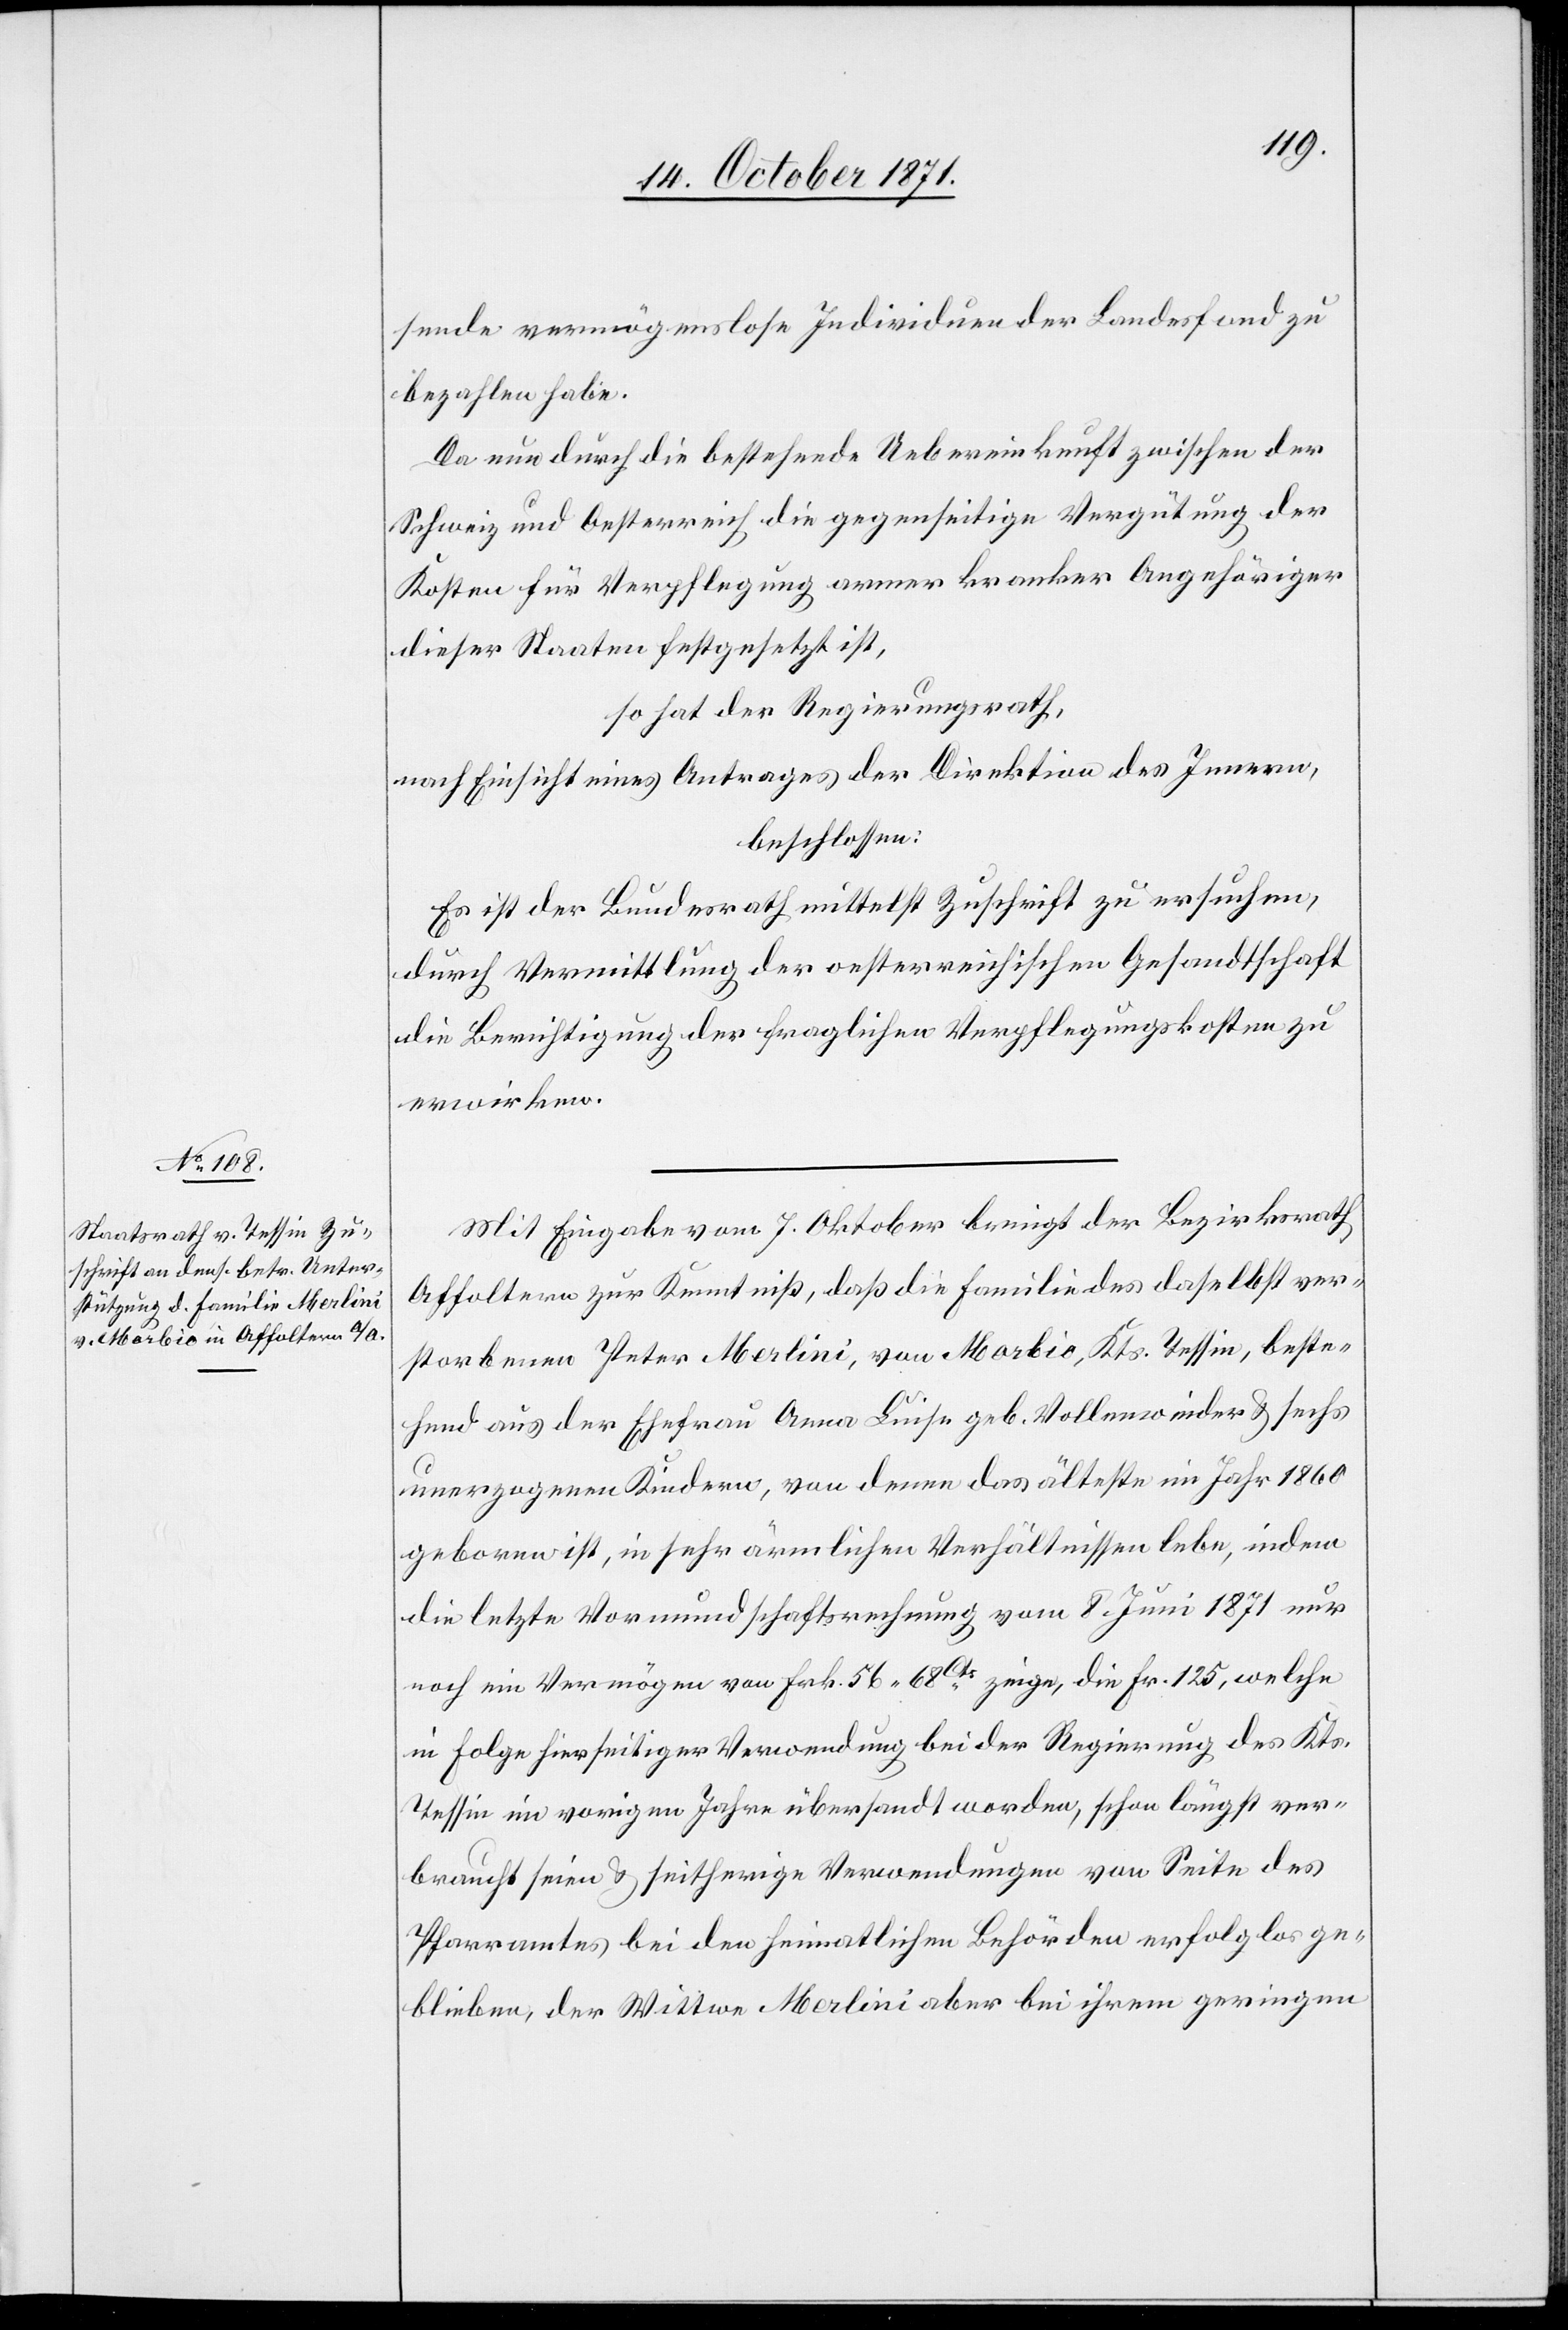
sende vermögenslose Individuen der Landesfond zu
bezahlen habe.
Da nun durch die bestehende Uebereinkunft zwischen der
Schweiz und Oesterreich die gegenseitige Vergütung der
Kosten für Verpflegung armer kranker Angehöriger
dieser Staaten festgesetzt ist,
so hat der Regierungsrath,
nach Einsicht eines Antrages der Direktion des Innern,
beschlossen:
Es ist der Bundesrath mittelst Zuschrift zu ersuchen,
durch Vermittlung der oesterreichischen Gesandtschaft
die Berichtigung der fraglichen Verpflegungskosten zu
erwirken.
Mit Eingabe vom 7. Oktober bringt der Bezirksrath
Affoltern zur Kenntniß, daß die Familie des daselbst ver¬
storbenen Peter Merlini, von Marbio, Kts. Tessin, beste¬
hend aus der Ehefrau Anna Luise geb. Vollenweider & sechs
unerzogenen Kindern, von denen das älteste im Jahr 1860
geboren ist, in sehr ärmlichen Verhältnissen lebe, indem
die letzte Vormundschaftsrechnung vom 8. Juni 1871 nur
noch ein Vermögen von Fr. 56, 68Cts zeige, die Fr. 125, welche
in Folge hierseitiger Verwendung bei der Regierung des Kts.
Tessin im vorigen Jahre übersandt worden, schon längst ver¬
braucht seien & seitherige Verordnungen von Seite des
Pfarramtes bei den heimatlichen Behörden erfolglos ge¬
blieben, der Wittwe Merlini aber bei ihrem geringen